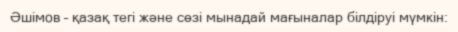
Әшімов – қазақ тегі және сөзі мынадай мағыналар білдіруі мүмкін: